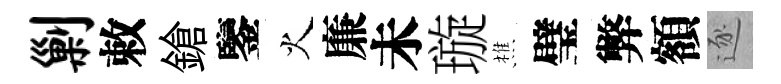
剿敕鎗鑒火廉未璇樵璧弊額逐